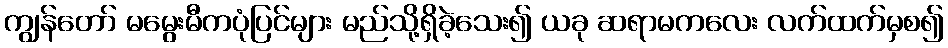
ကျွန်တော် မမွေးမီကပုံပြင်များ မည်သို့ရှိခဲ့သေး၍ ယခု ဆရာမကလေး လက်ထက်မှစ၍